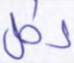
لكل